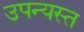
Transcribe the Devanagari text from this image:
उपन्यस्त